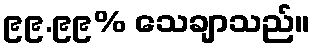
၉၉.၉၉% သေချာသည်။